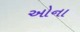
ઓના